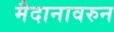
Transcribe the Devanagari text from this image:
मैदानावरुन